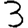
Digit: 3